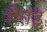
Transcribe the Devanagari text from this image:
हैराड़